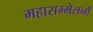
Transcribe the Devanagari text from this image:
महासम्मेलनों